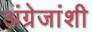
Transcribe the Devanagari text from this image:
अंग्रेजांशी